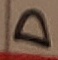
Text: D